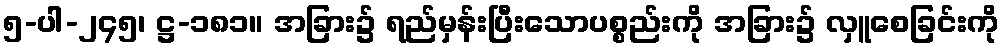
၅-ပါ-၂၄၅၊ ဋ္ဌ-၁၈၁။ အခြား၌ ရည်မှန်းပြီးသောပစ္စည်းကို အခြား၌ လှူစေခြင်းကို